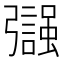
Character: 𢐵